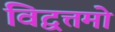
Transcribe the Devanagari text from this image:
विद्वत्तमो